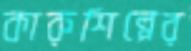
কারুশিল্পের